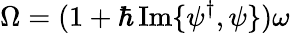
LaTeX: \Omega=(1+\hbar\operatorname{Im}\{ \psi^{\dagger},\psi\} )\omega